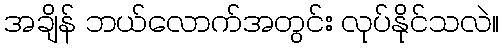
အချိန် ဘယ်လောက်အတွင်း လုပ်နိုင်သလဲ။